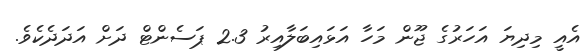
އެއީ މިދިޔަ އަހަރުގެ ޖޫން މަހާ އަޅައިބަލާއިރު 2.3 ޕަސެންޓް ދަށް އަދަދެކެވެ.